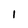
Character: I